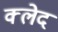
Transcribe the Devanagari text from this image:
क्‍लेद